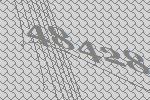
48428